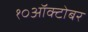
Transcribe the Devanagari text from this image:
१०ऑक्टोबर